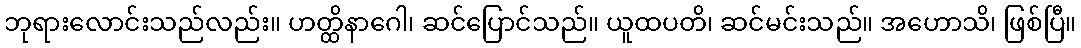
ဘုရားလောင်းသည်လည်း။ ဟတ္ထိနာဂေါ၊ ဆင်ပြောင်သည်။ ယူထပတိ၊ ဆင်မင်းသည်။ အဟောသိ၊ ဖြစ်ပြီ။